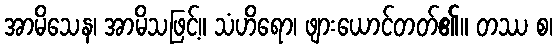
အာမိသေန၊ အာမိသဖြင့်။ သံဟိရော၊ ဖျားယောင်တတ်၏။ တဿ စ၊